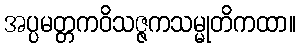
အပ္ပမတ္တကဝိသဇ္ဇကသမ္မုတိကထာ။